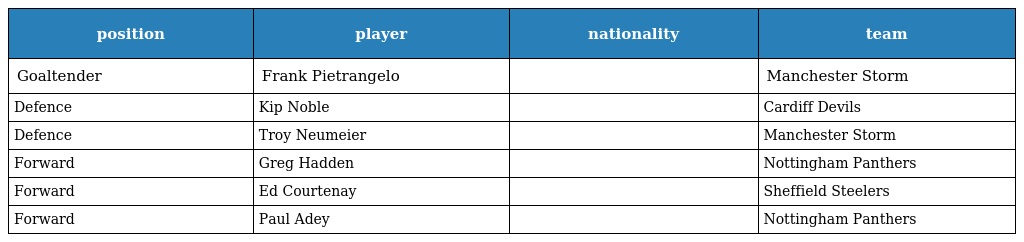
| position | player | nationality | team |
 | --- | --- | --- | --- |
 | Goaltender | Frank Pietrangelo |  | Manchester Storm |
 | Defence | Kip Noble |  | Cardiff Devils |
 | Defence | Troy Neumeier |  | Manchester Storm |
 | Forward | Greg Hadden |  | Nottingham Panthers |
 | Forward | Ed Courtenay |  | Sheffield Steelers |
 | Forward | Paul Adey |  | Nottingham Panthers |